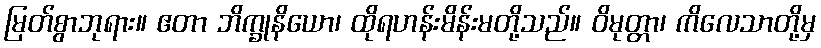
မြတ်စွာဘုရား။ ဧတာ ဘိက္ခုနိယော၊ ထိုရဟန်းမိန်းမတို့သည်။ ဝိမုတ္တာ၊ ကိလေသာတို့မှ